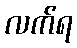
လက်ရ